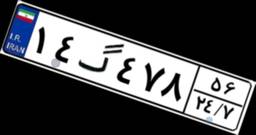
۱۴گ۴۷۸۵۶